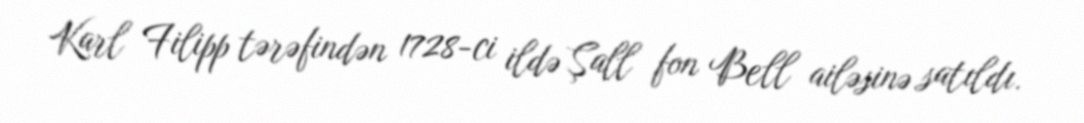
Karl Filipp tərəfindən 1728-ci ildə Şall fon Bell ailəsinə satıldı.